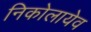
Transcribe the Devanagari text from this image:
निकोलायेव